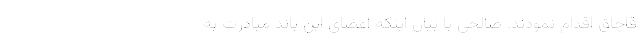
قاچاق اقدام نمودند. صالحی با بیان اینکه اعضای این باند مبادرت به